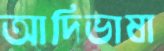
আদিভাষা